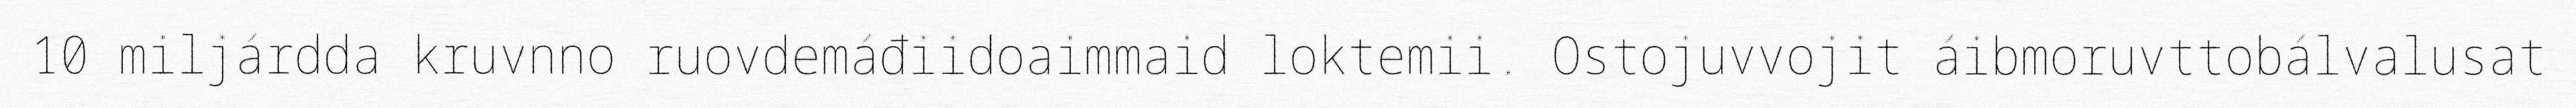
10 miljárdda kruvnno ruovdemáđiidoaimmaid loktemii. Ostojuvvojit áibmoruvttobálvalusat